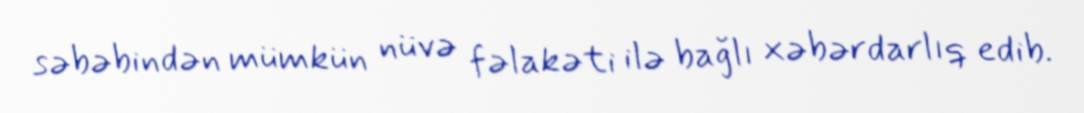
səbəbindən mümkün nüvə fəlakəti ilə bağlı xəbərdarlıq edib.